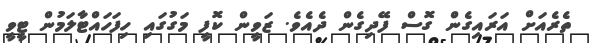
ތެރެއަށް އަރައިގެން ގޮސް ފޭދިގެން ދެއެވެ. ޒަވީން ކޮފީ މަގުގައި ހިފަހައްޓާލަމުން ޓީވީ